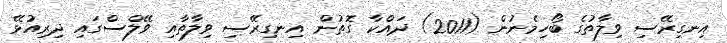
އިނގިރޭސި ވިލާތުގެ ބޯހިމެނުން (2011) ދައްކާ ގޮތުން އިނގިރޭސި ވިލާތާއި ވޭލްސްގައި ދިރިއުޅޭ